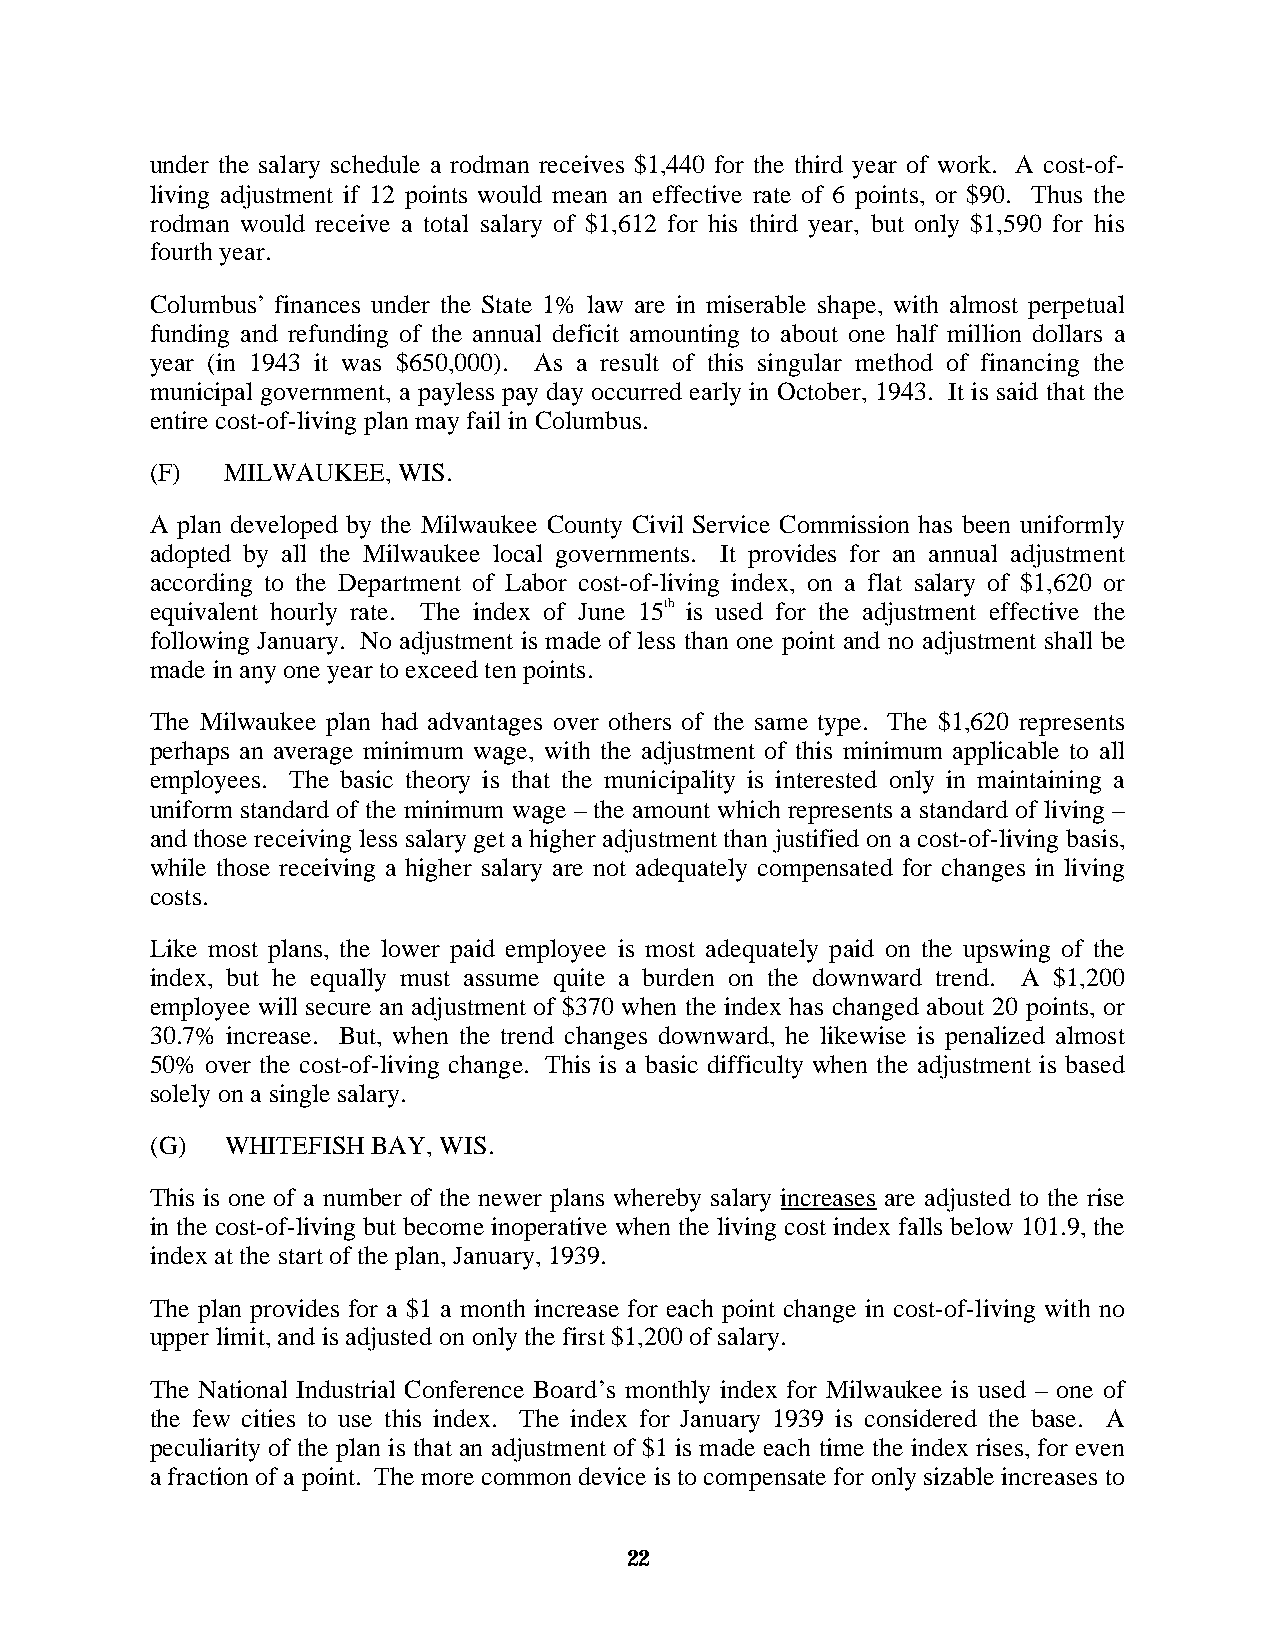
under the salary schedule a rodman receives $1,440 for the third year of work. A cost-of-
 living adjustment if 12 points would mean an effective rate of 6 points, or $90. Thus the
 rodman would receive a total salary of $1,612 for his third year, but only $1,590 for his
 fourth year.
 Columbus’ finances under the State 1% law are in miserable shape, with almost perpetual
 funding and refunding of the annual deficit amounting to about one half million dollars a
 year (in 1943 it was $650,000). As a result of this singular method of financing the
 municipal government, a payless pay day occurred early in October, 1943. It is said that the
 entire cost-of-living plan may fail in Columbus.
 (F)  MILWAUKEE, WIS.
 A plan developed by the Milwaukee County Civil Service Commission has been uniformly
 adopted by all the Milwaukee local governments. It provides for an annual adjustment
 according to the Department of Labor cost-of-living index, on a flat salary of $1,620 or
 equivalent hourly rate. The index of June 15th is used for the adjustment effective the
 following January. No adjustment is made of less than one point and no adjustment shall be
 made in any one year to exceed ten points.
 The Milwaukee plan had advantages over others of the same type. The $1,620 represents
 perhaps an average minimum wage, with the adjustment of this minimum applicable to all
 employees. The basic theory is that the municipality is interested only in maintaining a
 uniform standard of the minimum wage – the amount which represents a standard of living –
 and those receiving less salary get a higher adjustment than justified on a cost-of-living basis,
 while those receiving a higher salary are not adequately compensated for changes in living
 costs.
 Like most plans, the lower paid employee is most adequately paid on the upswing of the
 index, but he equally must assume quite a burden on the downward trend. A $1,200
 employee will secure an adjustment of $370 when the index has changed about 20 points, or
 30.7% increase. But, when the trend changes downward, he likewise is penalized almost
 50% over the cost-of-living change. This is a basic difficulty when the adjustment is based
 solely on a single salary.
 (G)  WHITEFISH BAY, WIS.
 This is one of a number of the newer plans whereby salary increases are adjusted to the rise
 in the cost-of-living but become inoperative when the living cost index falls below 101.9, the
 index at the start of the plan, January, 1939.
 The plan provides for a $1 a month increase for each point change in cost-of-living with no
 upper limit, and is adjusted on only the first $1,200 of salary.
 The National Industrial Conference Board’s monthly index for Milwaukee is used – one of
 the few cities to use this index. The index for January 1939 is considered the base. A
 peculiarity of the plan is that an adjustment of $1 is made each time the index rises, for even
 a fraction of a point. The more common device is to compensate for only sizable increases to
 22